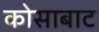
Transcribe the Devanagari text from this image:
कोसाबाट